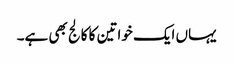
یہاں ایک خواتین کا کالج بھی ہے۔